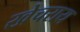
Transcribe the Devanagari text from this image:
खेचराय